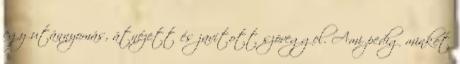
egy utánnyomás, átnézett és javított szöveggel. Ami pedig minket